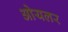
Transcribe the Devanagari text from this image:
ओयलर